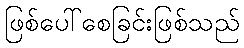
ဖြစ်ပေါ်စေခြင်းဖြစ်သည်